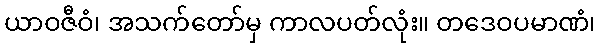
ယာဝဇီဝံ၊ အသက်တော်မှ ကာလပတ်လုံး။ တဒေဝပမာဏံ၊